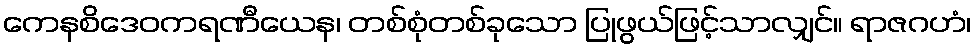
ကေနစိဒေဝကရဏီယေန၊ တစ်စုံတစ်ခုသော ပြုဖွယ်ဖြင့်သာလျှင်။ ရာဇဂဟံ၊